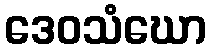
ဒေဝသံဃော